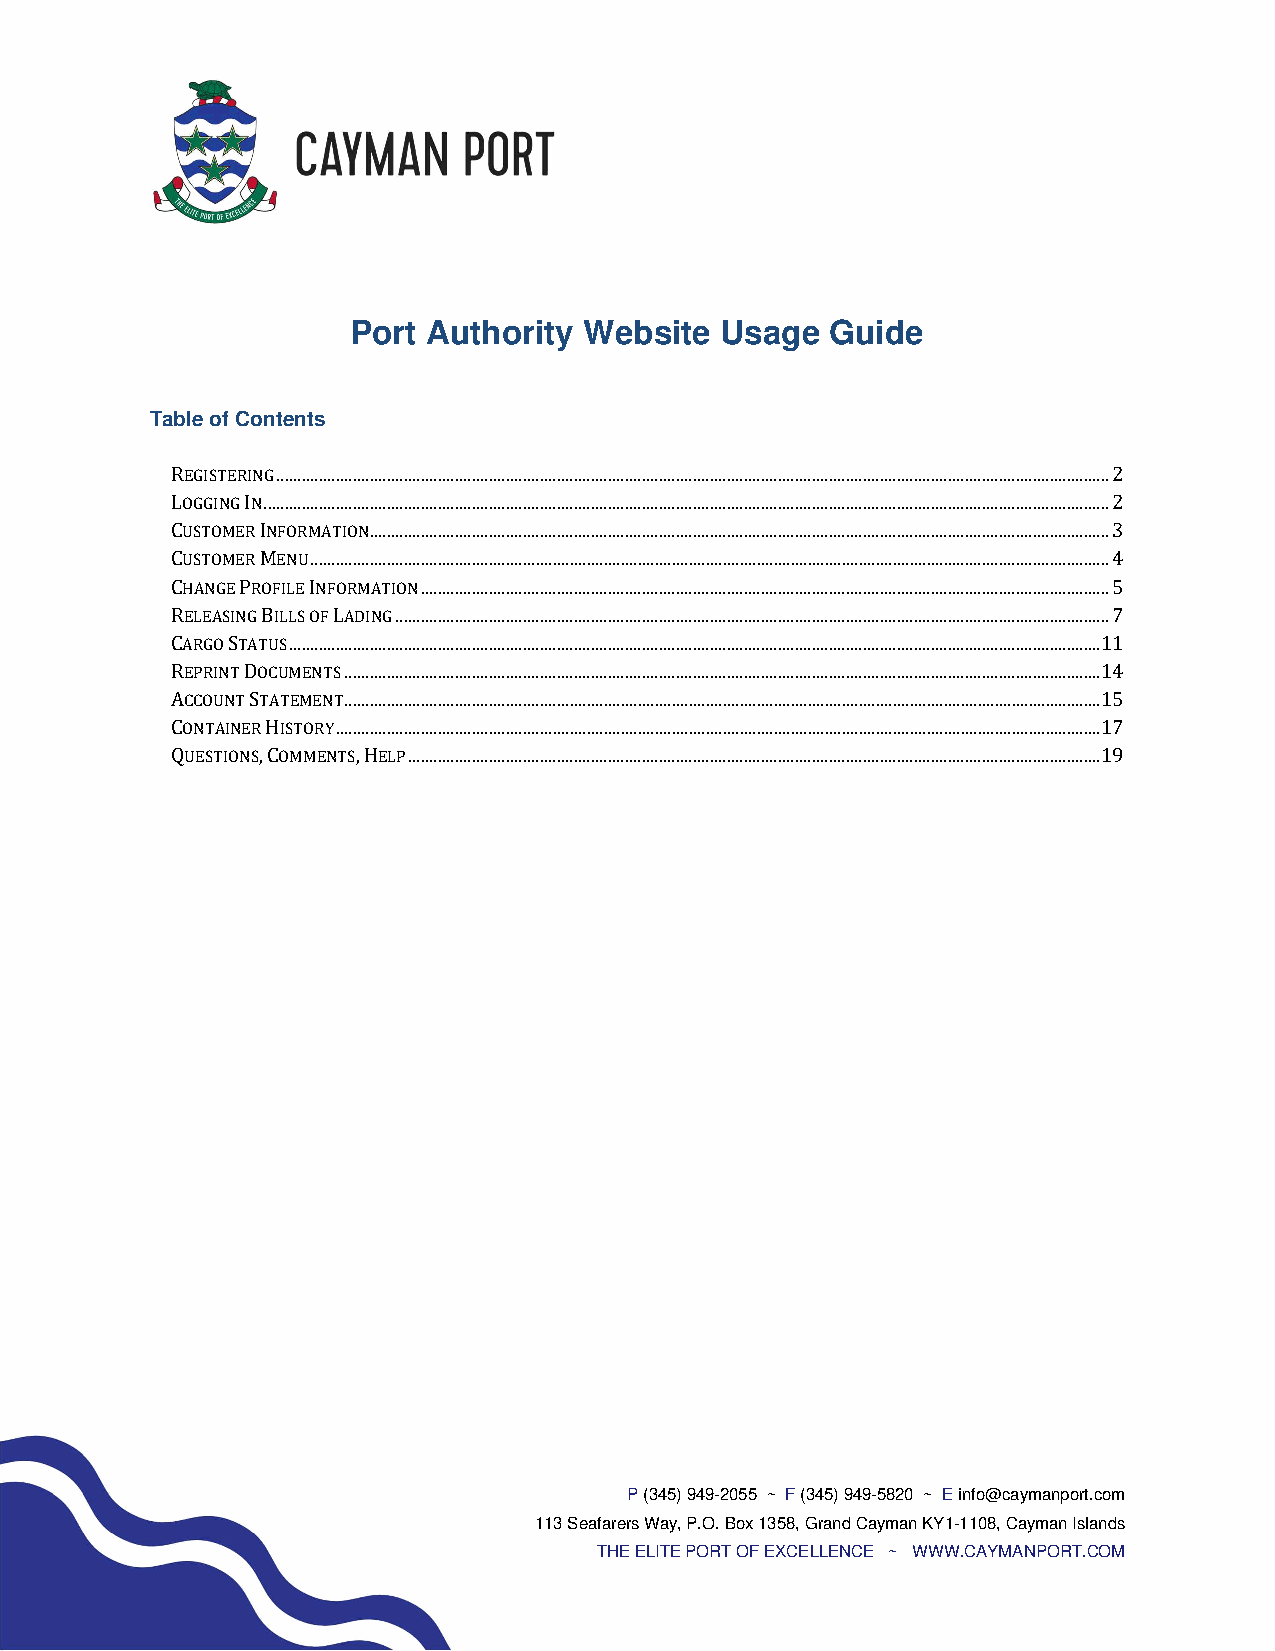
Port Authority  Website  Usage  Guide
 Table of Contents
 REGISTERING .................................................................................................................................................................................................... 2
 LOGGING IN ....................................................................................................................................................................................................... 2
 CUSTOMER INFORMATION .............................................................................................................................................................................. 3
 CUSTOMER MENU ............................................................................................................................................................................................ 4
 CHANGE PROFILE INFORMATION .................................................................................................................................................................. 5
 RELEASING BILLS OF LADING ........................................................................................................................................................................ 7
 CARGO STATUS ............................................................................................................................................................................................... 11
 REPRINT DOCUMENTS .................................................................................................................................................................................. 14
 ACCOUNT STATEMENT .................................................................................................................................................................................. 15
 CONTAINER HISTORY .................................................................................................................................................................................... 17
 QUESTIONS, COMMENTS, HELP ................................................................................................................................................................... 19
 P (345) 949-2055 ~ F (345) 949-5820 ~ E info@caymanport.com
 113 Seafarers Way, P.O. Box 1358, Grand Cayman KY1-1108, Cayman Islands
 THE ELITE PORT OF EXCELLENCE ~ WWW.CAYMANPORT.COM